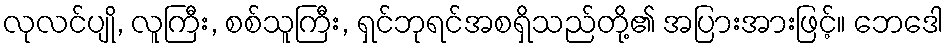
လုလင်ပျို, လူကြီး, စစ်သူကြီး, ရှင်ဘုရင်အစရှိသည်တို့၏ အပြားအားဖြင့်။ ဘေဒေါ